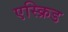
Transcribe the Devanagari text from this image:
एस्क्रिड